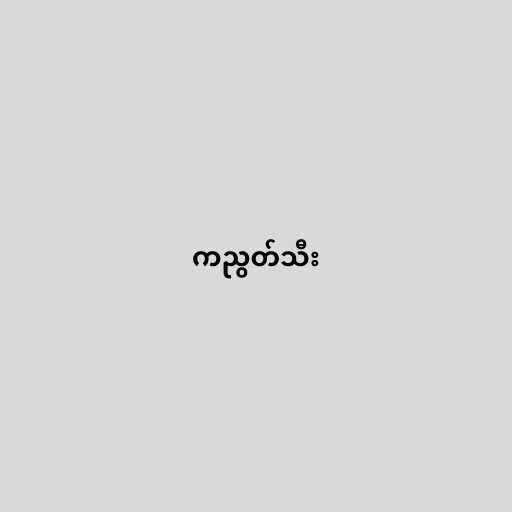
ကညွတ်သီး